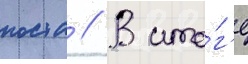
поста // В ито́г'е